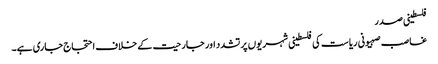
فلسطینی صدر
غاصب صہیونی ریاست کی فلسطینی شہریوں پر تشدد اور جارحیت کے خلاف احتجاج جاری ہے۔